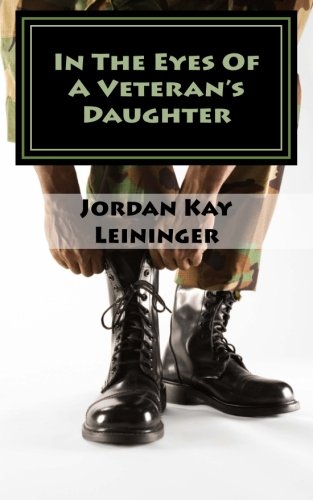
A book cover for In The Eyes Of A Veterans Daughter; Jordan Kay Leininger; Parenting & Relationships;